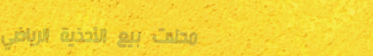
محلات بيع الأحذية الرياضي